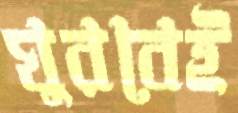
ঘুরবেই